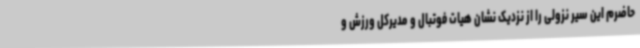
حاضرم این سیر نزولی را از نزدیک نشان هیات فوتبال و مدیرکل ورزش و